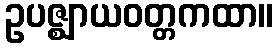
ဥပဇ္ဈာယဝတ္တကထာ။